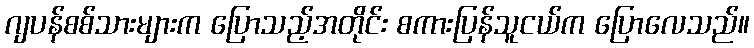
ဂျပန်စစ်သားများက ပြောသည့်အတိုင်း စကားပြန်သူငယ်က ပြောလေသည်။